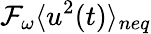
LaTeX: \mathcal{F}_{\omega}\langle u^{2}(t)\rangle_{neq}